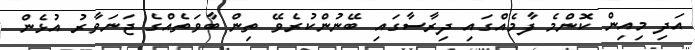
އަދި މިއިން ކޮންމެ ފާމެއްގައި ދިރާސާގައި ބޭނުންކުރެވޭ ތިން ބާވަތެއްގެ ޖަނަވާރު އުޅެން